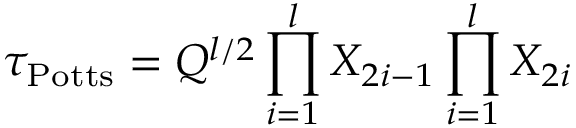
\tau _ { \mathrm { P o t t s } } = Q ^ { l / 2 } \prod _ { i = 1 } ^ { l } X _ { 2 i - 1 } \prod _ { i = 1 } ^ { l } X _ { 2 i }